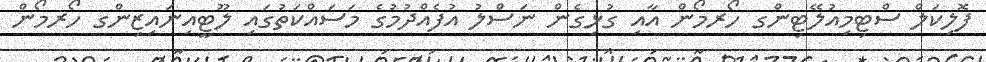
ފޮލިކަލް ސްޓިމިއުލޭޓިންގ ހޯރމޯން އާއި ގުޅިގެން ނަސްލު އުފެއްދުމުގެ މަސައްކަތުގައި ލޫޓީއިނައިޒިންގ ހޯރމޯން